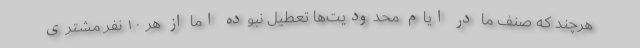
هرچند که صنف ما در ایام محدودیت‌ها تعطیل نبوده اما از هر ١۰ نفر مشتری